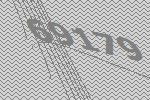
69179